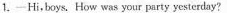
1.—Hi,boys. How was your party yesterday?